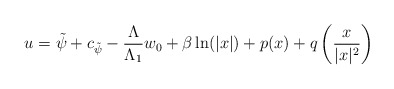
\begin{align*}u=\tilde{\psi}+c_{\tilde{\psi}}-\frac{\Lambda}{\Lambda_1} w_0+\beta \ln(|x|)+p(x)+q\left(\frac{x}{|x|^2}\right)\end{align*}